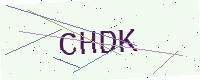
Text: CHDK